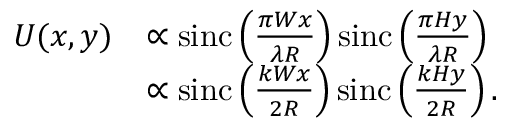
{ \begin{array} { r l } { U ( x , y ) } & { \propto \operatorname { s i n c } \left( { \frac { \pi W x } { \lambda R } } \right) \operatorname { s i n c } \left( { \frac { \pi H y } { \lambda R } } \right) } \\ & { \propto \operatorname { s i n c } \left( { \frac { k W x } { 2 R } } \right) \operatorname { s i n c } \left( { \frac { k H y } { 2 R } } \right) . } \end{array} }